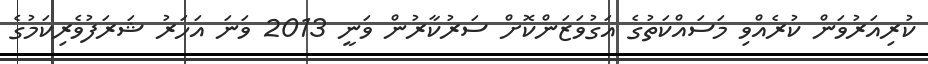
ކުރިއަރުވަން ކުރެއްވި މަސައްކަތުގެ އަގުވަޒަންކޮށް ސަރުކާރުން ވަނީ 2013 ވަނަ އަހަރު ޝަރަފުވެރިކަމުގެ